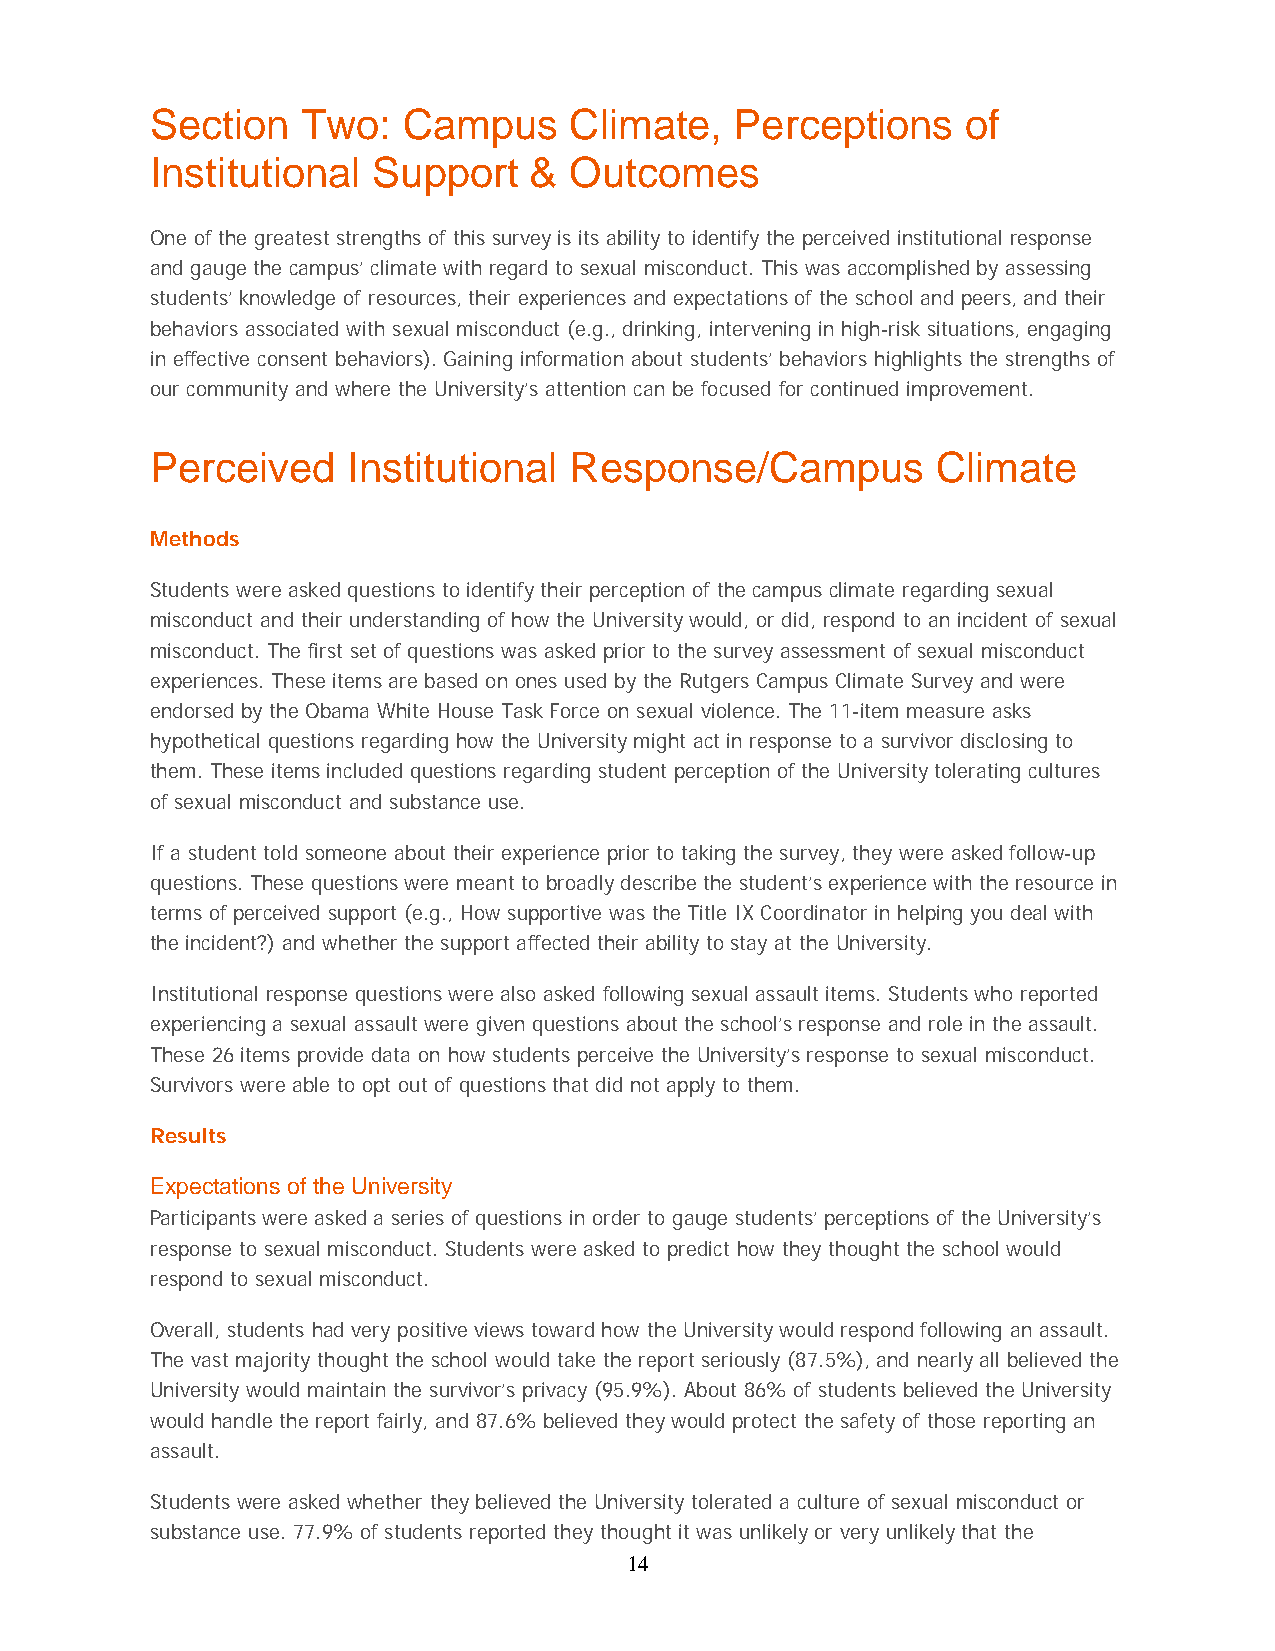
Section   Two:   Campus     Climate,   Perceptions    of
 Institutional  Support   &  Outcomes
 One of the greatest strengths of this survey is its ability to identify the perceived institutional response
 and gauge the campus’ climate with regard to sexual misconduct. This was accomplished by assessing
 students’ knowledge of resources, their experiences and expectations of the school and peers, and their
 behaviors associated with sexual misconduct (e.g., drinking, intervening in high-risk situations, engaging
 in effective consent behaviors). Gaining information about students’ behaviors highlights the strengths of
 our community and where the University’s attention can be focused for continued improvement.
 Perceived    Institutional  Response/Campus         Climate
 Methods
 Students were asked questions to identify their perception of the campus climate regarding sexual
 misconduct and their understanding of how the University would, or did, respond to an incident of sexual
 misconduct. The first set of questions was asked prior to the survey assessment of sexual misconduct
 experiences. These items are based on ones used by the Rutgers Campus Climate Survey and were
 endorsed by the Obama White House Task Force on sexual violence. The 11-item measure asks
 hypothetical questions regarding how the University might act in response to a survivor disclosing to
 them. These items included questions regarding student perception of the University tolerating cultures
 of sexual misconduct and substance use.
 If a student told someone about their experience prior to taking the survey, they were asked follow-up
 questions. These questions were meant to broadly describe the student’s experience with the resource in
 terms of perceived support (e.g., How supportive was the Title IX Coordinator in helping you deal with
 the incident?) and whether the support affected their ability to stay at the University.
 Institutional response questions were also asked following sexual assault items. Students who reported
 experiencing a sexual assault were given questions about the school’s response and role in the assault.
 These 26 items provide data on how students perceive the University’s response to sexual misconduct.
 Survivors were able to opt out of questions that did not apply to them.
 Results
 Expectations of the University
 Participants were asked a series of questions in order to gauge students’ perceptions of the University’s
 response to sexual misconduct. Students were asked to predict how they thought the school would
 respond to sexual misconduct.
 Overall, students had very positive views toward how the University would respond following an assault.
 The vast majority thought the school would take the report seriously (87.5%), and nearly all believed the
 University would maintain the survivor’s privacy (95.9%). About 86% of students believed the University
 would handle the report fairly, and 87.6% believed they would protect the safety of those reporting an
 assault.
 Students were asked whether they believed the University tolerated a culture of sexual misconduct or
 substance use. 77.9% of students reported they thought it was unlikely or very unlikely that the
 14